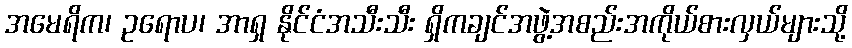
အမေရိက၊ ဥရောပ၊ အာရှ နိုင်ငံအသီးသီး ရှိကချင်အဖွဲ့အစည်းအကိုယ်စားလှယ်များသို့